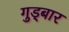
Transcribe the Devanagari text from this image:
गुड्बार